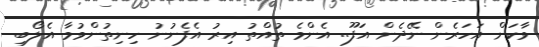
ވާކަން އަހަރެން ނޭދެން އަފޫ.. އެންމެ ތުއްތު އިރު އެފެނުނު ހިނިތުންވުމާ އެލޯބި